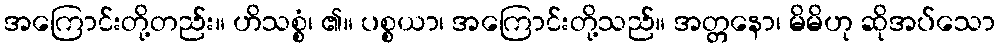
အကြောင်းတို့တည်း။ ဟိသစ္စံ၊ ၏။ ပစ္စယာ၊ အကြောင်းတို့သည်။ အတ္တနော၊ မိမိဟု ဆိုအပ်သော